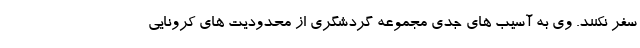
سفر نکنند. وی به آسیب های جدی مجموعه گردشگری از محدودیت های کرونایی